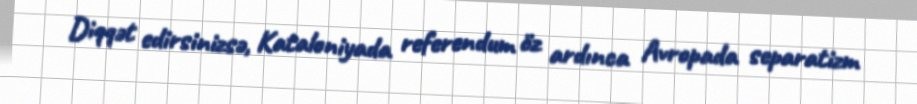
Diqqət edirsinizsə, Kataloniyada referendum öz ardınca Avropada separatizm